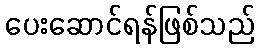
ပေးဆောင်ရန်ဖြစ်သည်